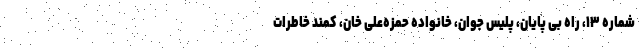
شماره ۱۳، راه بی پایان، پلیس جوان، خانواده حمزه‌علی خان، کمند خاطرات